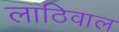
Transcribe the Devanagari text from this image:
लाठिवाल